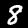
Label: 8